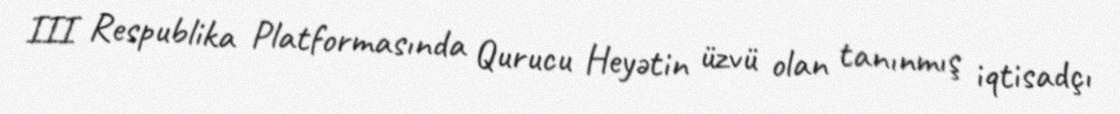
III Respublika Platformasında Qurucu Heyətin üzvü olan tanınmış iqtisadçı